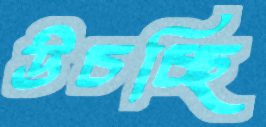
উচচ্ছি